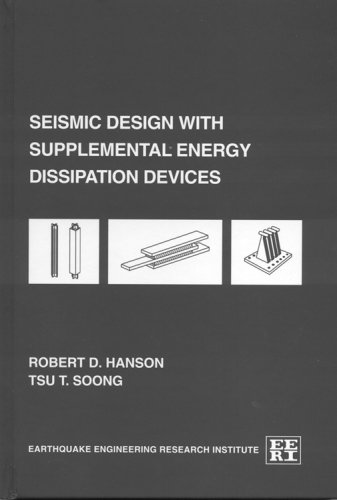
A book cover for Seismic design with supplemental energy dissipation devices (Publication / Earthquake Engineering Research Institute); Robert D Hanson; Engineering & Transportation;